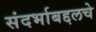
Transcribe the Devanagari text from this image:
संदर्भाबद्दलचे